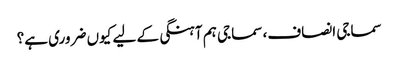
سماجی انصاف، سماجی ہم آہنگی کے لیے کیوں ضروری ہے؟